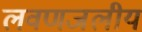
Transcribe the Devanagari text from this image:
लवणजलीय